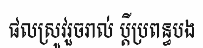
ផលស្រូវរួចរាល់ ប្តីប្រពន្ធបង